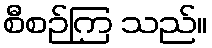
စီစဉ်ကြ သည်။